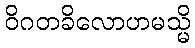
ဝိဂတခိလောဟမသ္မိ